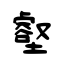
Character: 壑